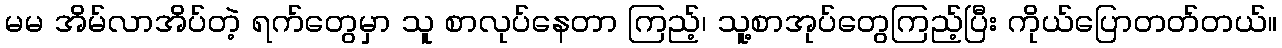
မမ အိမ်လာအိပ်တဲ့ ရက်တွေမှာ သူ စာလုပ်နေတာ ကြည့်၊ သူ့စာအုပ်တွေကြည့်ပြီး ကိုယ်ပြောတတ်တယ်။